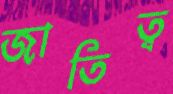
জাতিত্ব